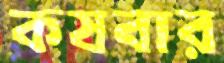
কষবার